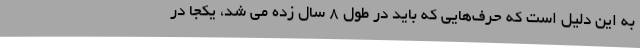
به این دلیل است که حرف‌هایی که باید در طول ۸ سال زده می شد، یکجا در